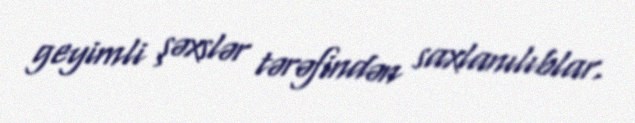
geyimli şəxslər tərəfindən saxlanılıblar.